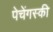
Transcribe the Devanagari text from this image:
पेचेंगस्की